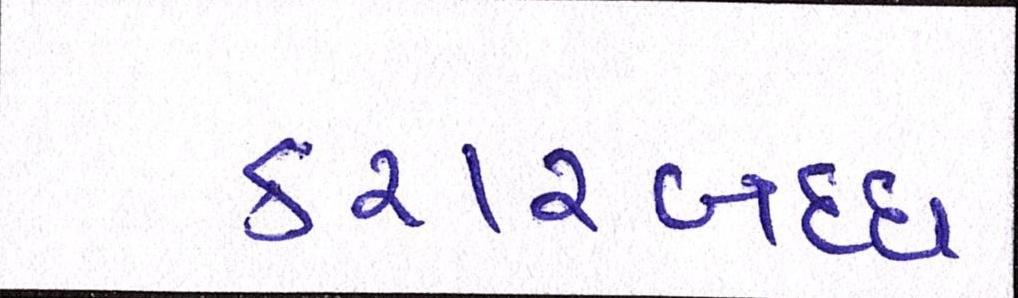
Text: કરારબદ્ધ